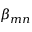
\beta _ { m n }